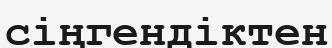
сіңгендіктен